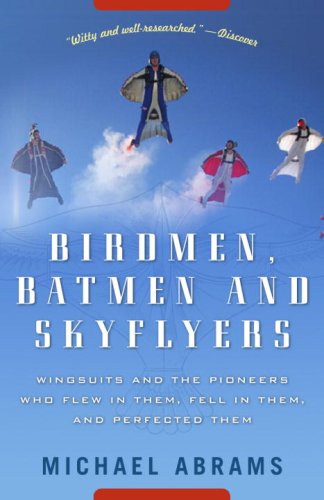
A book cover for Birdmen, Batmen, and Skyflyers: Wingsuits and the Pioneers Who Flew in Them, Fell in Them, and Perfected Them; Michael Abrams; Reference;